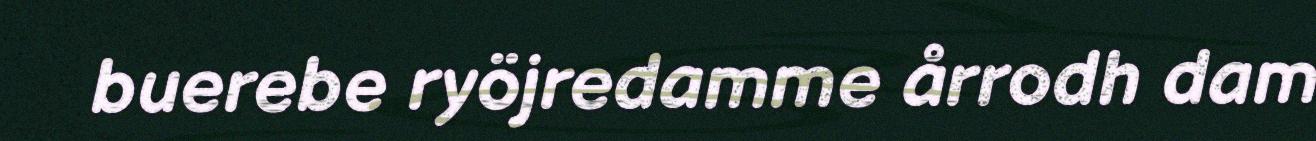
buerebe ryöjredamme årrodh dam